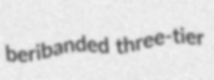
beribanded three-tier